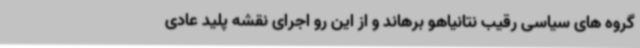
گروه های سیاسی رقیب نتانیاهو برهاند و از این رو اجرای نقشه پلید عادی